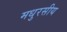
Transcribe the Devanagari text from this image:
मधुरसीय